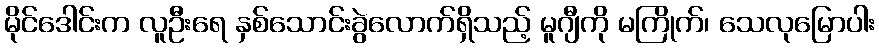
မိုင်ဒေါင်းက လူဦးရေ နှစ်သောင်းခွဲလောက်ရှိသည့် မူဂျီကို မကြိုက်၊ သေလုမြောပါး